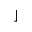
\rfloor